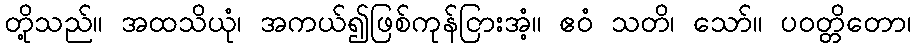
တို့သည်။ အထသိယုံ၊ အကယ်၍ဖြစ်ကုန်ငြားအံ့။ ဧဝံ သတိ၊ သော်။ ပဝတ္တိတော၊